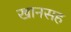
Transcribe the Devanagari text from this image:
खानसह